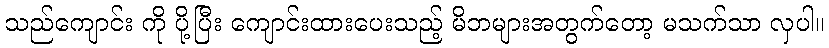
သည်ကျောင်း ကို ပို့ပြီး ကျောင်းထားပေးသည့် မိဘများအတွက်တော့ မသက်သာ လှပါ။